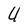
Character: 4